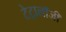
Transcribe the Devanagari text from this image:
टेट्रालॉजी